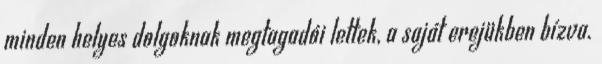
minden helyes dolgoknak megtagadói lettek, a saját erejükben bízva.